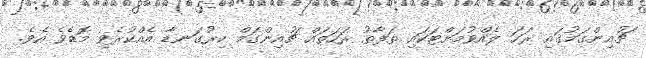
ޗުއިންގަމުގައި ރަހަ ލެއްވުމަށްޓަކައި ތަފާތު ރަހަތައް ޗުއިންގަމް ކިރުގަނޑާ އެއްކުރެވި މޮޑެވެ އެވެ.